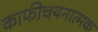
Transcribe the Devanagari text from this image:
काफीचयनात्मक